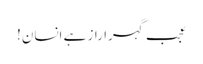
عجب گہرا راز ہے انسان!